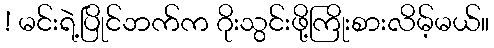
! မင်းရဲ့ပြိုင်ဘက်က ဂိုးသွင်းဖို့ကြိုးစားလိမ့်မယ်။